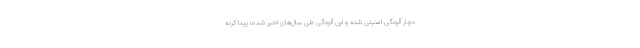
دچار آلودگی امنیتی شده و این آلودگی طی سال‌های اخیر شدت پیدا کرده